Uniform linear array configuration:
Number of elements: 64
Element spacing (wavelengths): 0.5
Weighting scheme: exponential
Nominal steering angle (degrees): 15
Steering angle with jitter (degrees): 14.096
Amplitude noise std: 0.05
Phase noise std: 0.05

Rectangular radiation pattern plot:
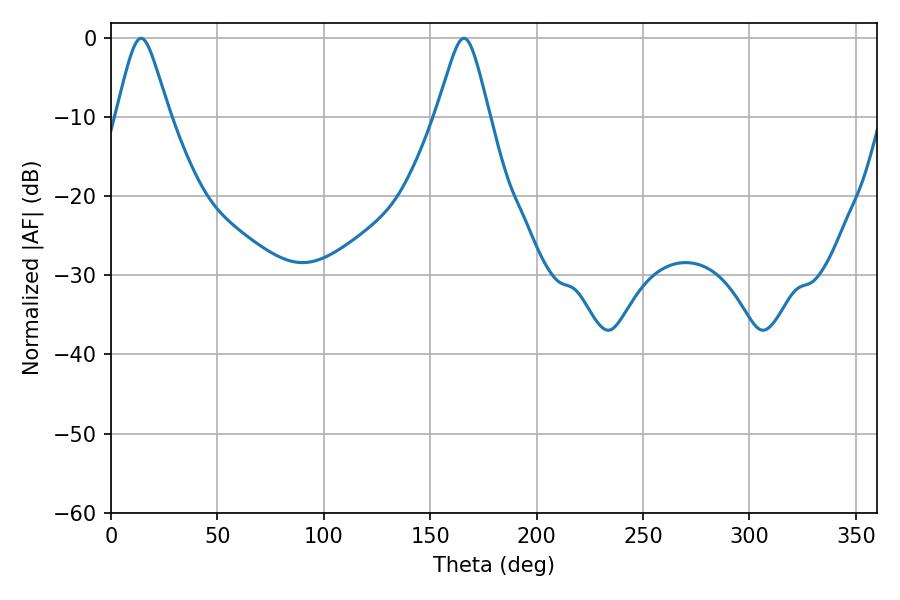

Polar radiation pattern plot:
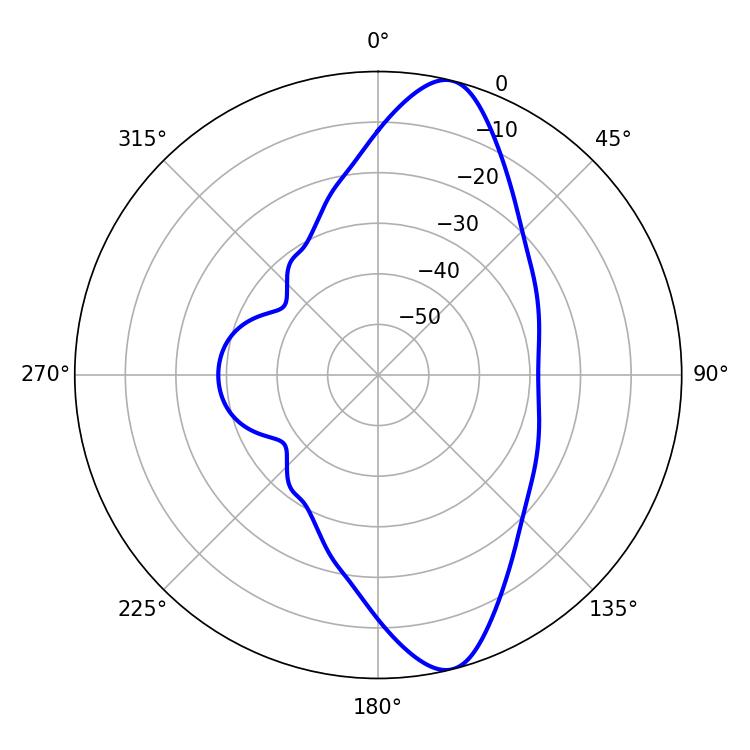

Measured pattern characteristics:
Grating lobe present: FALSE
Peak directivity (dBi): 11.811
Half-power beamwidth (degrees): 12.06
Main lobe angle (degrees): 14.22